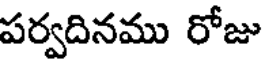
పర్వదినము రోజు